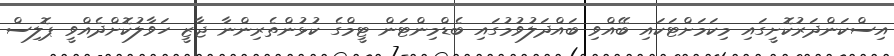
އިސްކަންދަރުކޮށީގައި މިކަމަށްޓަކައި ބޭއްވި ބައްދަލުވުމުގައި ބެޑްމިންޓަން ޓީމްގެ ކުޅުންތެރިންނާ ޖާޒީ ހަވާލުކޮށްދެއްވީ ޕޮލިސް